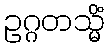
ဥဂ္ဂတသ္မိံ